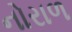
નોરાળ